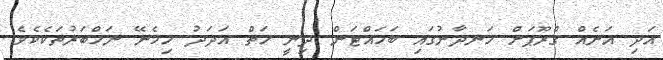
އަދި އަނެއް ގްރޫޕަށް ހަނދާނުގައި ބަަހައްޓަން ދިނީ ހަތް އަދަދު ހިމެނޭ ނަމްބަރުތަކެކެވެ.